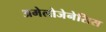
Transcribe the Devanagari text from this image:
अमेलोजेनेसिस